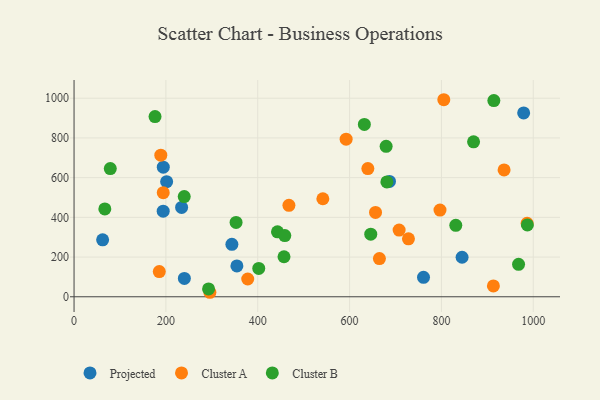
{"axis": {"x": "Experience", "y": "Yield"}, "legend": ["Cluster A", "Cluster B", "Projected"], "data": [{"x": "62.2", "y": 286.6, "type": "Projected"}, {"x": "979.1", "y": 925.8, "type": "Projected"}, {"x": "240.2", "y": 92.2, "type": "Projected"}, {"x": "686.9", "y": 580.7, "type": "Projected"}, {"x": "201.6", "y": 579.7, "type": "Projected"}, {"x": "761.0", "y": 97.8, "type": "Projected"}, {"x": "194.1", "y": 431.2, "type": "Projected"}, {"x": "354.6", "y": 155.4, "type": "Projected"}, {"x": "194.3", "y": 652.9, "type": "Projected"}, {"x": "234.2", "y": 449.8, "type": "Projected"}, {"x": "343.7", "y": 264.1, "type": "Projected"}, {"x": "845.0", "y": 199.1, "type": "Projected"}, {"x": "185.6", "y": 127.1, "type": "Cluster A"}, {"x": "194.2", "y": 524.3, "type": "Cluster A"}, {"x": "378.2", "y": 89.6, "type": "Cluster A"}, {"x": "936.5", "y": 638.8, "type": "Cluster A"}, {"x": "541.8", "y": 493.7, "type": "Cluster A"}, {"x": "986.6", "y": 370.4, "type": "Cluster A"}, {"x": "188.9", "y": 713.3, "type": "Cluster A"}, {"x": "707.9", "y": 335.7, "type": "Cluster A"}, {"x": "656.5", "y": 425.0, "type": "Cluster A"}, {"x": "913.2", "y": 54.9, "type": "Cluster A"}, {"x": "665.0", "y": 192.2, "type": "Cluster A"}, {"x": "592.5", "y": 793.8, "type": "Cluster A"}, {"x": "467.9", "y": 460.8, "type": "Cluster A"}, {"x": "295.8", "y": 22.7, "type": "Cluster A"}, {"x": "796.9", "y": 436.5, "type": "Cluster A"}, {"x": "639.8", "y": 645.6, "type": "Cluster A"}, {"x": "805.2", "y": 992.4, "type": "Cluster A"}, {"x": "728.2", "y": 292.1, "type": "Cluster A"}, {"x": "457.2", "y": 201.6, "type": "Cluster B"}, {"x": "443.0", "y": 327.2, "type": "Cluster B"}, {"x": "870.0", "y": 780.5, "type": "Cluster B"}, {"x": "458.9", "y": 308.1, "type": "Cluster B"}, {"x": "352.8", "y": 374.6, "type": "Cluster B"}, {"x": "239.9", "y": 504.8, "type": "Cluster B"}, {"x": "402.2", "y": 142.8, "type": "Cluster B"}, {"x": "679.6", "y": 757.7, "type": "Cluster B"}, {"x": "987.2", "y": 361.7, "type": "Cluster B"}, {"x": "632.2", "y": 868.2, "type": "Cluster B"}, {"x": "646.1", "y": 315.2, "type": "Cluster B"}, {"x": "831.3", "y": 360.0, "type": "Cluster B"}, {"x": "914.2", "y": 987.9, "type": "Cluster B"}, {"x": "78.9", "y": 645.6, "type": "Cluster B"}, {"x": "67.0", "y": 442.5, "type": "Cluster B"}, {"x": "176.3", "y": 907.4, "type": "Cluster B"}, {"x": "292.9", "y": 39.8, "type": "Cluster B"}, {"x": "968.0", "y": 163.6, "type": "Cluster B"}, {"x": "681.2", "y": 578.5, "type": "Cluster B"}]}